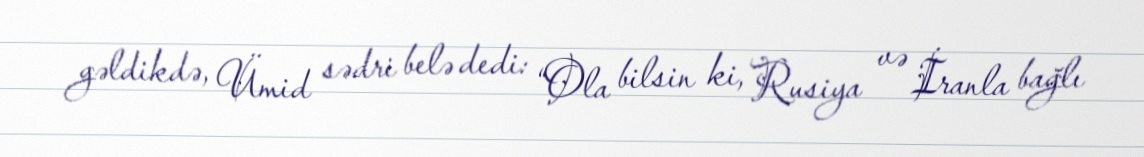
gəldikdə, Ümid sədri belə dedi: “Ola bilsin ki, Rusiya və İranla bağlı